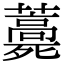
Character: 𧂎